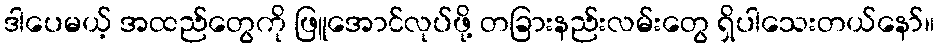
ဒါပေမယ့် အထည်တွေကို ဖြူအောင်လုပ်ဖို့ တခြားနည်းလမ်းတွေ ရှိပါသေးတယ်နော်။